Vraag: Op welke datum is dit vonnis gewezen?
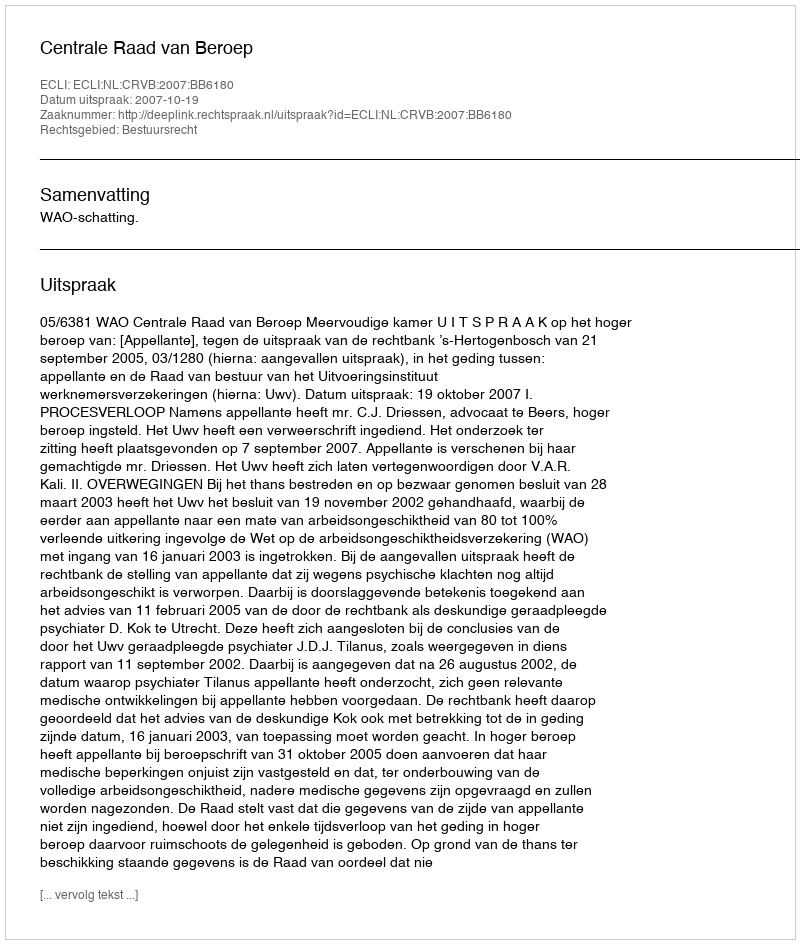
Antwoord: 2007-10-19